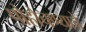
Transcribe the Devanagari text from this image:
पोहोचण्‍याचे